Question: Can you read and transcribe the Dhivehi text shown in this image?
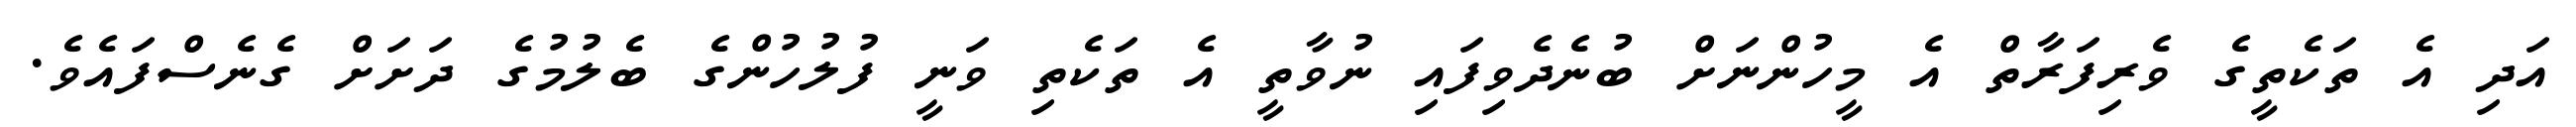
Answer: އަދި އެ ތަކެތީގެ ވެރިފަރާތް އެ މީހުންނަށް ބުނެދެވިފައި ނުވާތީ އެ ތަކެތި ވަނީ ފުލުހުންގެ ބެލުމުގެ ދަށަށް ގެނެސްފައެވެ.